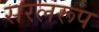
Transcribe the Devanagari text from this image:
सरलरूप